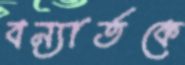
বন্যার্তকে